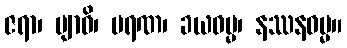
ဇရာ၊ ဗျာဓိ၊ မရဏ၊ ခယဓမ္မ၊ နဿနဓမ္မ။